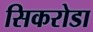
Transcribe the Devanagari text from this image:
सिकरोडा